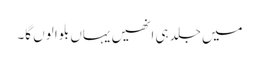
میں جلد ہی انھیں یہاں بلوا لوں گا۔